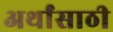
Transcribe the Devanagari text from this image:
अर्थांसाठी